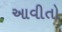
આવીતો